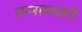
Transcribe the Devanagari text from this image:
तन्नामधारी